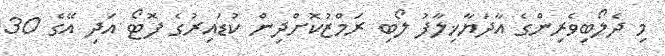
މި ދެލޯބިވެރިންގެ އާދަޔާޚިލާފު ލޯބި ރަމްޒުކޮށްދިން ކުޑައިރުގެ ފޮޓޯ އަދި އޭގެ 30